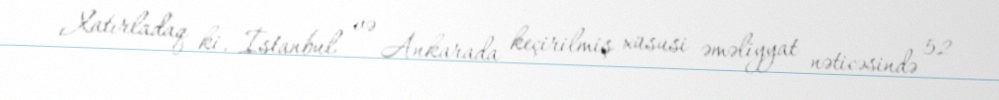
Xatırladaq ki, İstanbul və Ankarada keçirilmiş xüsusi əməliyyat nəticəsində 52